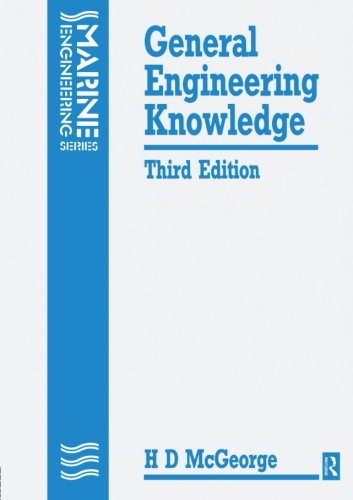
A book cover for General Engineering Knowledge (Marine Engineering); H D Mcgeorge; Engineering & Transportation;